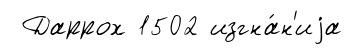
Даррох 1502 изгна́н'иjа